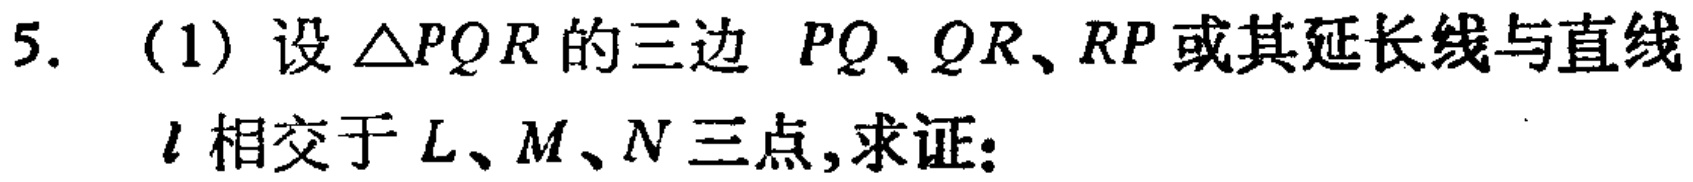
5. （1）设\(\triangle PQR\)的三边 \(PQ、QR、RP\)或其延长线与直线\(l\)相交于 \(L、M、N\)三点,求证: